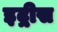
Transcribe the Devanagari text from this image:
इद्गीस